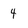
Character: 4